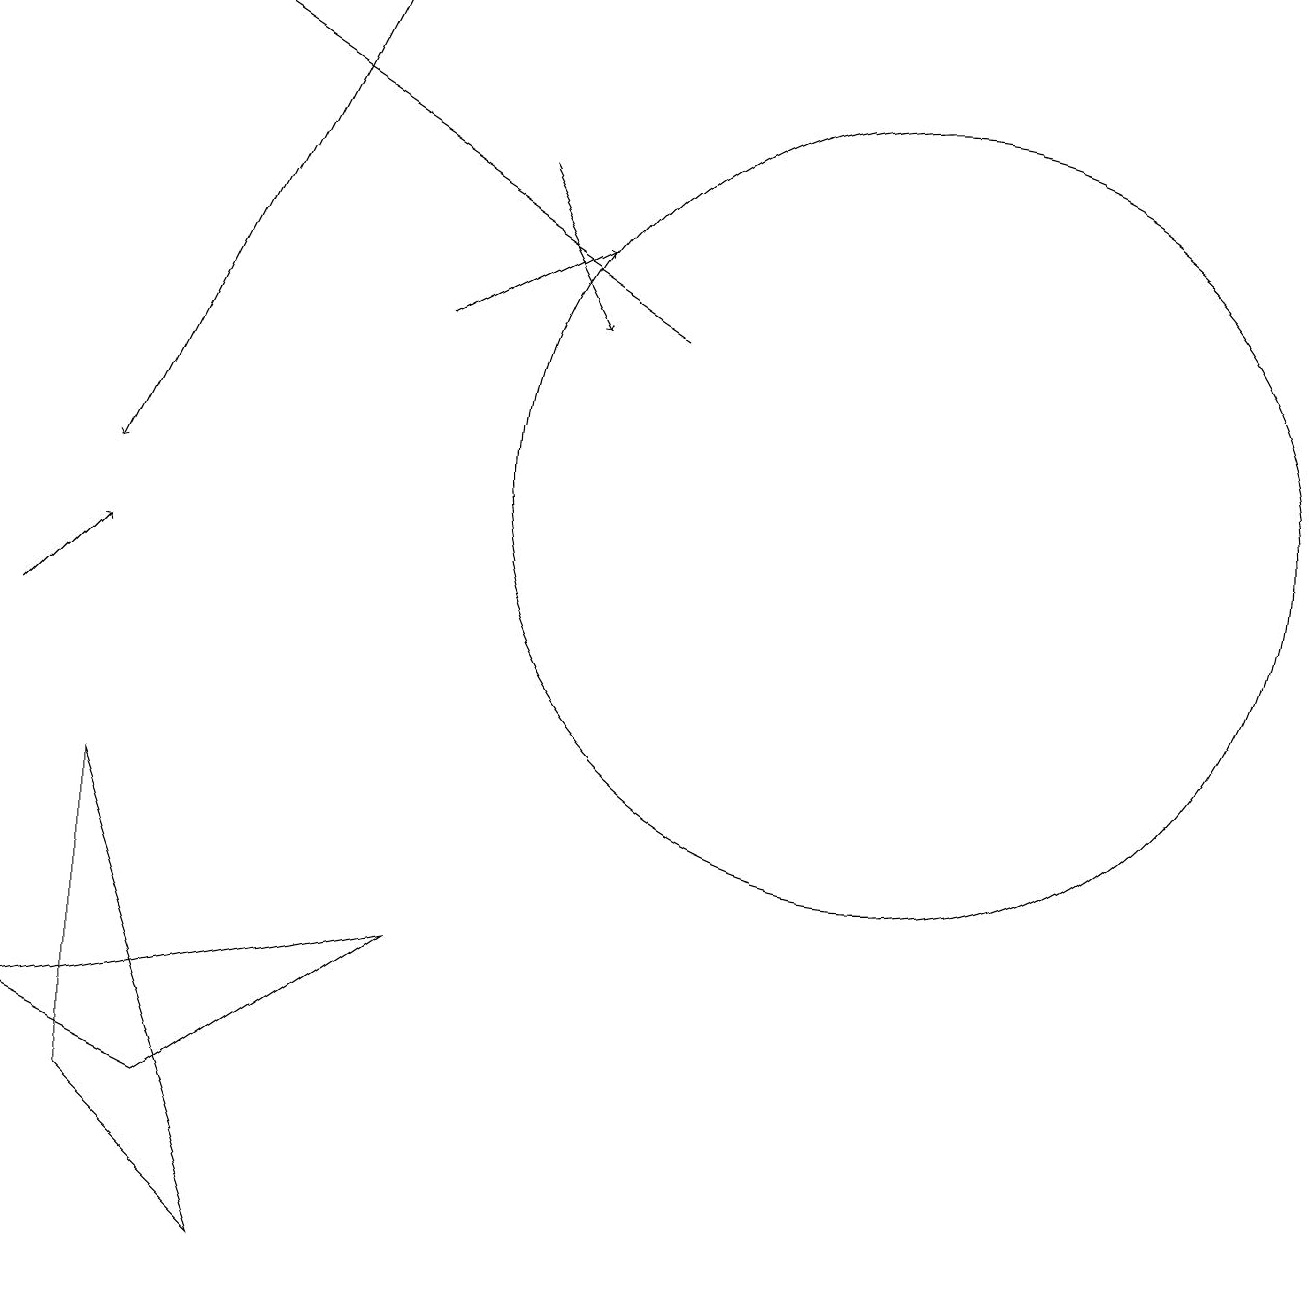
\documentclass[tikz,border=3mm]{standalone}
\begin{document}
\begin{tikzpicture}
\draw[->] (4,18) -- (1,12);
\draw[->] (6,16) -- (7,14);
\draw (11,12) circle (5);
\draw[->] (5,14) -- (7,15);
\draw[->] (8,14) -- (2,18);
\draw (1,8) -- (1,4) -- (3,2) -- cycle;
\draw (2,4) -- (5,6) -- (0,5) -- cycle;
\draw[->] (0,10) -- (1,11);
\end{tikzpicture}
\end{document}